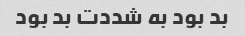
بد بود به شددت بد بود